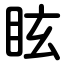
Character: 眩